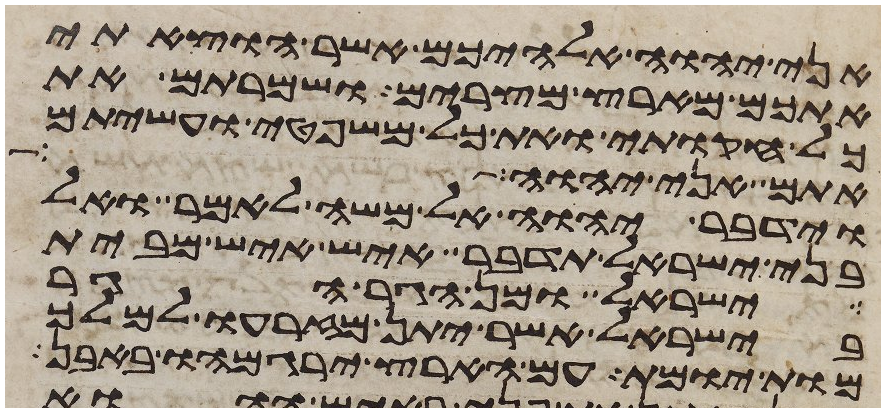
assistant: אני יהוה אלהיכם אשר הוצאתי
אתכם מארץ מצרים ושמרתם את
כל חקותי ואת כל משפטי ועשיתם
אתם אני יהוה
וידבר יהוה אל משה לאמר ואל
בני ישראל תדבר איש איש מבית
ישראל ומן הגר הגר
בישראל אשר יתן מזרעו למלך
מות יומת עם הארץ ירגמהו באבן